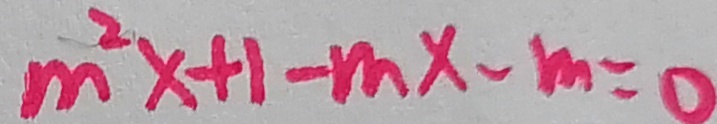
m ^ { 2 } x + 1 - m x - m = 0